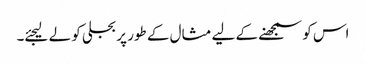
اس کو سمجھنے کے لیے مثال کے طور پر بجلی کو لے لیجئے۔